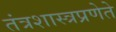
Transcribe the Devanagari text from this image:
तंत्रशास्त्रप्रणेते